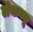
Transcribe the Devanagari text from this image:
लेकव्यू